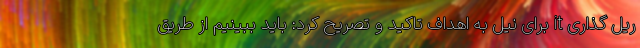
ریل گذاری it برای نیل به اهداف تاکید و تصریح کرد: باید ببینیم از طریق